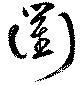
衢